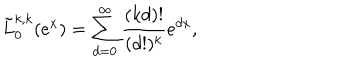
\tilde { L } _ { 0 } ^ { k , k } ( e ^ { x } ) = \sum _ { d = 0 } ^ { \infty } \frac { ( k d ) ! } { ( d ! ) ^ { k } } e ^ { d x } ,